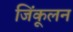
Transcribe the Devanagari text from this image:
जिंकूलन